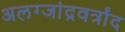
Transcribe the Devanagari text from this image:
अलग्जांद्रवर्त्रांद